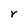
Character: r